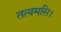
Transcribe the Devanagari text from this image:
तत्वमसि।